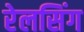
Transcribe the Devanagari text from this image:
रेलसिंग